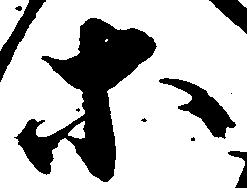
等